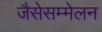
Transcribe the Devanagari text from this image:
जैसेसम्मेलन